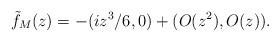
LaTeX: \begin{align*}\tilde f_M(z)= -(i z^3/6, 0) +( O(z^2),O(z)).\end{align*}